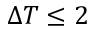
\Delta T \le 2